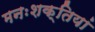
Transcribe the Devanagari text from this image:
मनःशक्तियां